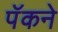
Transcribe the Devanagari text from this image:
पॅकने